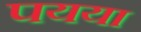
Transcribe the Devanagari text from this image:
पयया